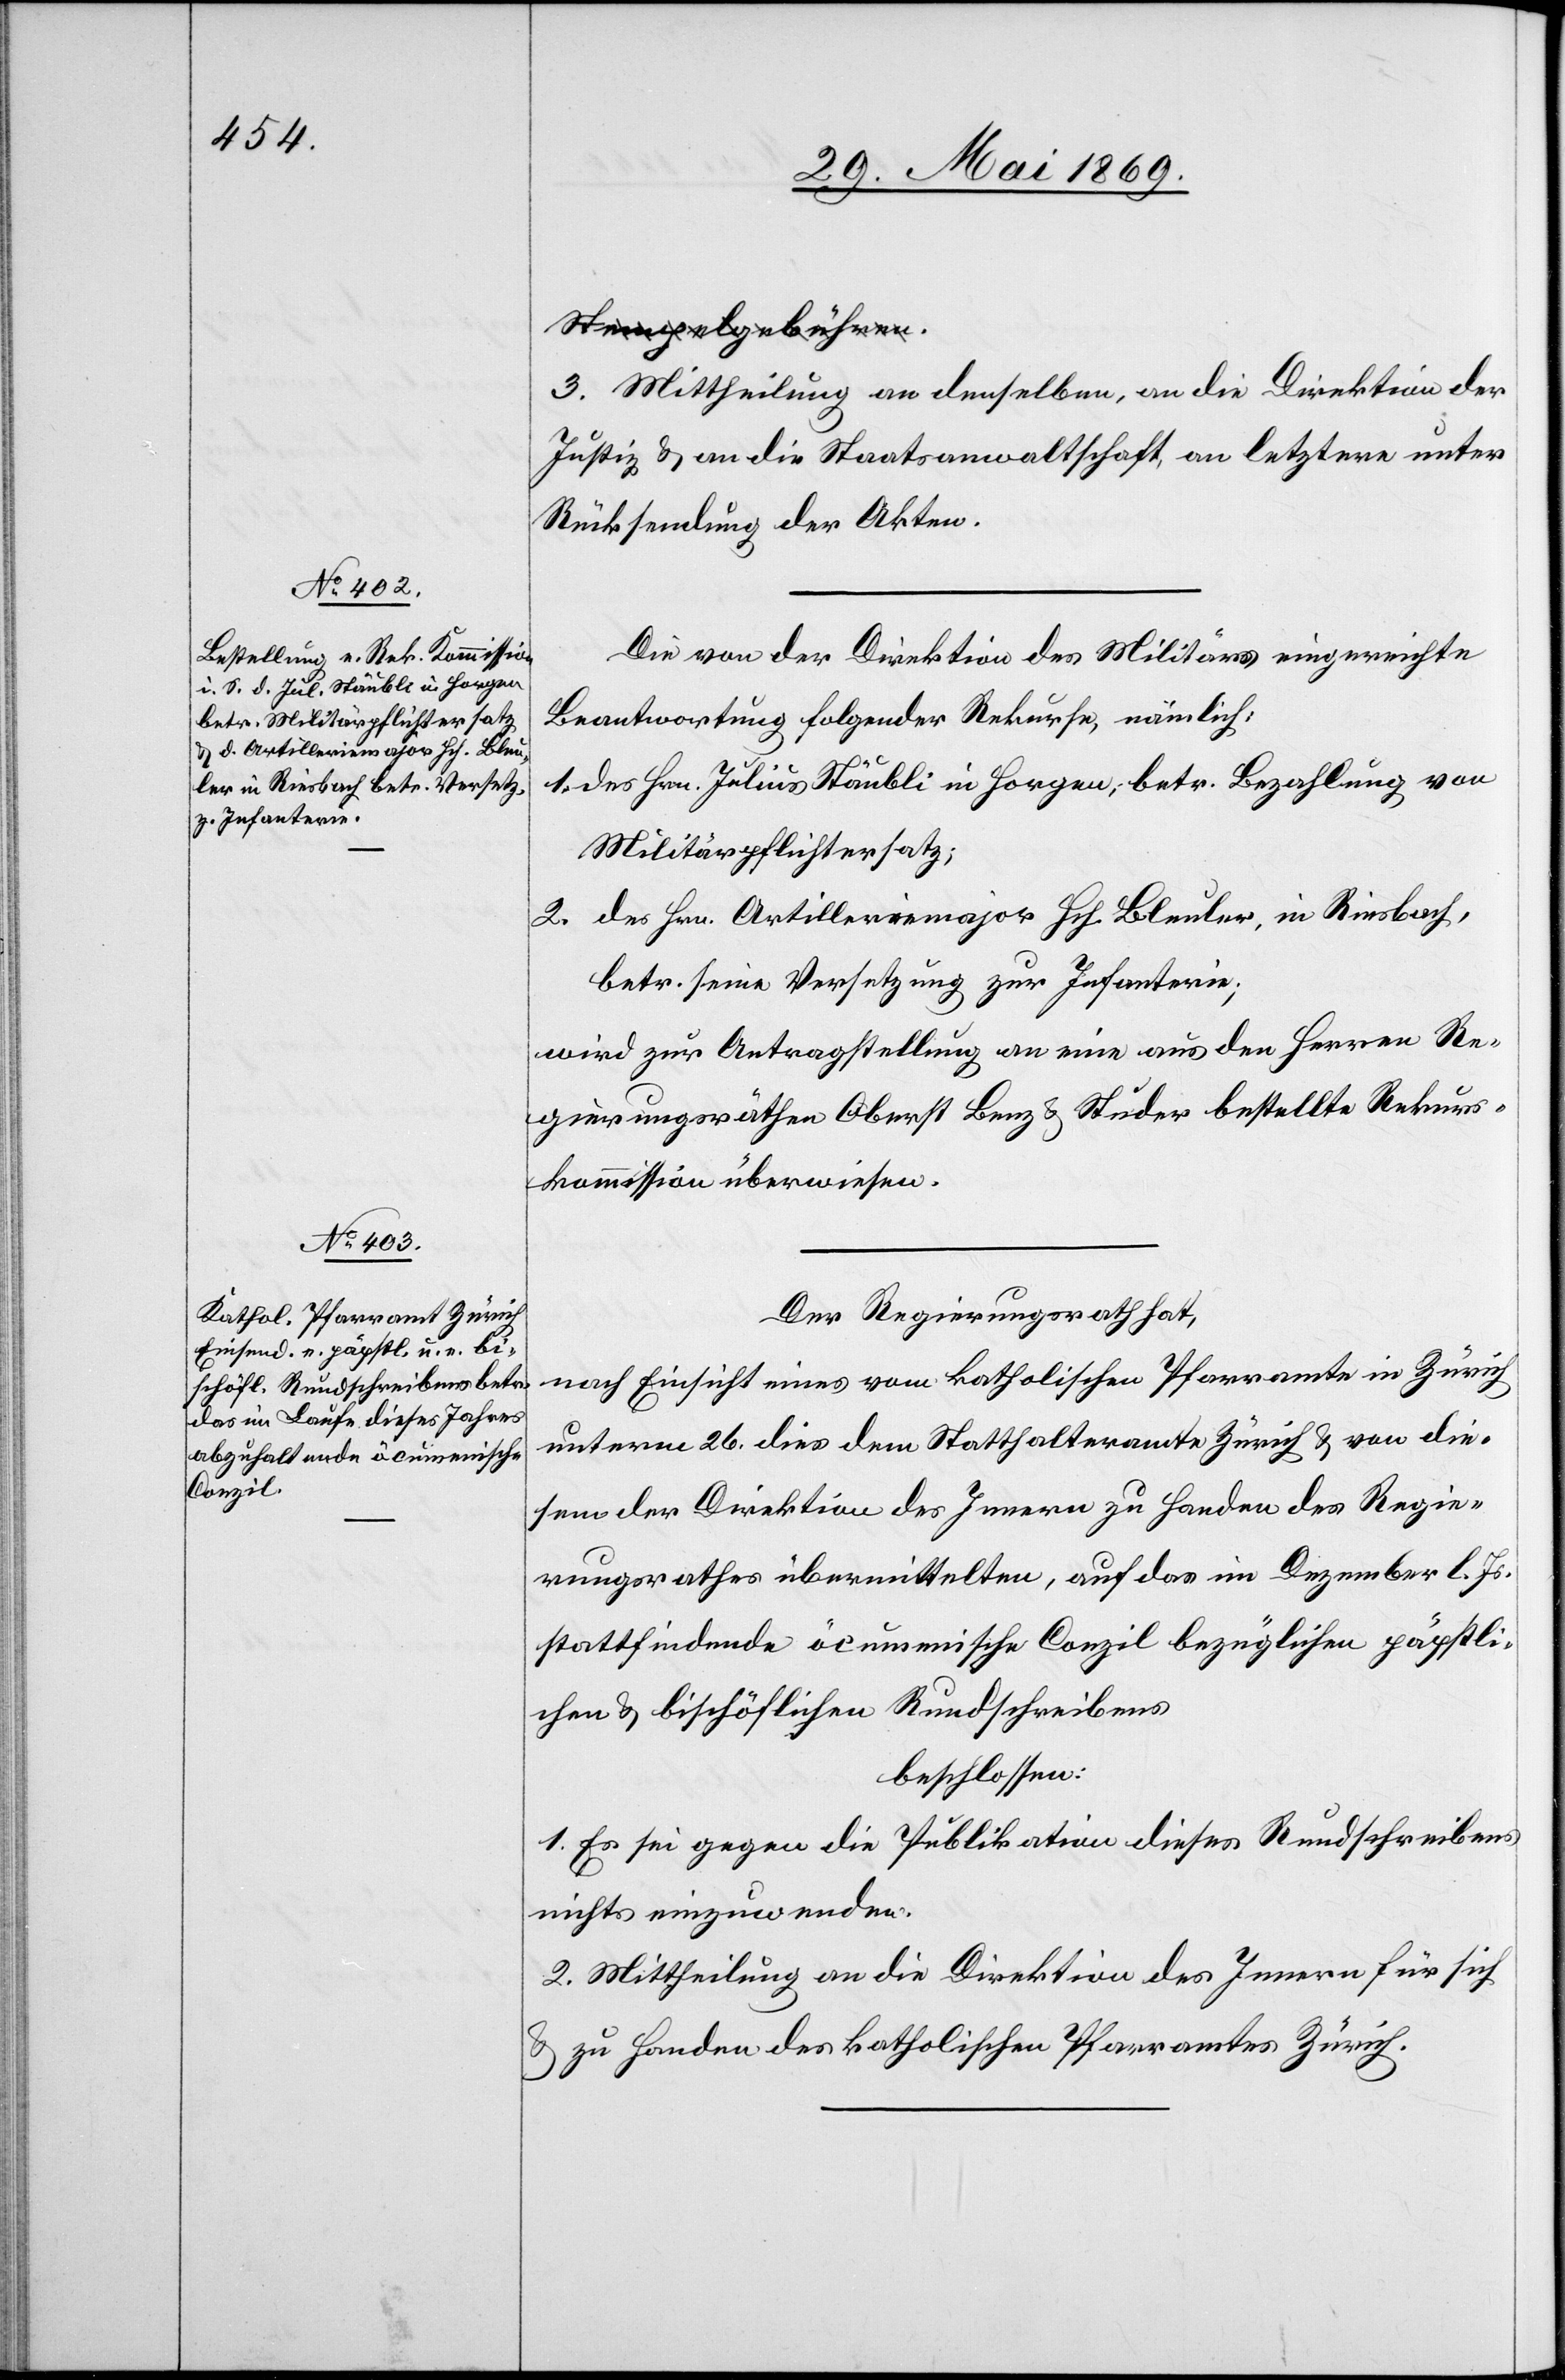
3. Mittheilung an denselben, an die Direktion der
Justiz u. an die Staatsanwaltschaft, an letztere unter
Rücksendung der Akten.
Die von der Direktion des Militärs eingereichte
Beantwortung folgender Rekurse, nämlich:
1. Des Hrn. Julius Stäubli in Horgen, betr. Bezahlung von
Militärpflichtersatz;
2. Des Hrn. Artilleriemajor Hch. Bleuler, in Riesbach,
betr. seine Versetzung zur Infanterie;
wird zur Antragstellung an eine aus den Herren Re¬
gierungsräthen Oberst Benz u. Studer bestellte Rekurs¬
kommission überwiesen.
Der Regierungsrath hat,
nach Einsicht eines vom katholischen Pfarramte in Zürich
unterm 26 dies dem Statthalteramte Zürich u. von die¬
sem der Direktion des Innern zu Handen des Regie¬
rungsrathes übermittelten, auf das im Dezember l. Js.
stattfindende öcumenische Conzil bezüglichen päpstli¬
chen u. bischöflichen Rundschreibens.
beschlossen:
1. Es sei gegen die Publikation dieses Rundschreibens
nichts einzuwenden.
2. Mittheilung an die Direktion des Innern für sich
u. zu Handen des katholischen Pfarramtes Zürich.